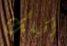
أقبلك